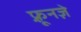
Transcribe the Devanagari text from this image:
फ़्रूनज़े